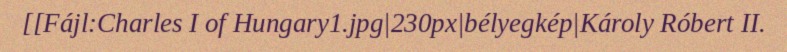
[[Fájl:Charles I of Hungary1.jpg|230px|bélyegkép|Károly Róbert II.